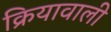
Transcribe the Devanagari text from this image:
क्रियावाली